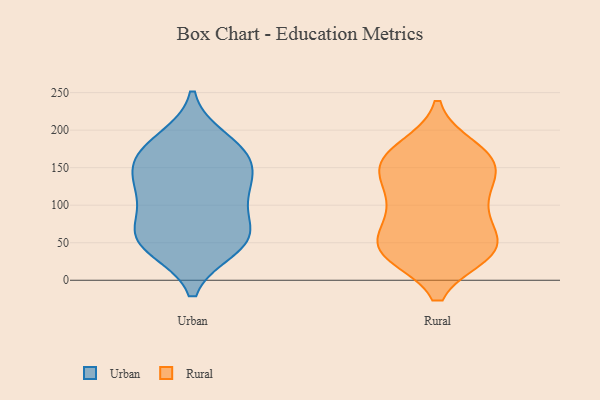
{"axis": {"x": "Humidity (%)", "y": "Value"}, "legend": ["Rural", "Urban"], "data": [{"x": "", "y": 139, "type": "Urban"}, {"x": "", "y": 165, "type": "Urban"}, {"x": "", "y": 107, "type": "Urban"}, {"x": "", "y": 186, "type": "Urban"}, {"x": "", "y": 165, "type": "Urban"}, {"x": "", "y": 52, "type": "Urban"}, {"x": "", "y": 44, "type": "Urban"}, {"x": "", "y": 62, "type": "Urban"}, {"x": "", "y": 169, "type": "Urban"}, {"x": "", "y": 62, "type": "Urban"}, {"x": "", "y": 54, "type": "Urban"}, {"x": "", "y": 113, "type": "Urban"}, {"x": "", "y": 126, "type": "Urban"}, {"x": "", "y": 81, "type": "Rural"}, {"x": "", "y": 157, "type": "Rural"}, {"x": "", "y": 36, "type": "Rural"}, {"x": "", "y": 36, "type": "Rural"}, {"x": "", "y": 46, "type": "Rural"}, {"x": "", "y": 159, "type": "Rural"}, {"x": "", "y": 89, "type": "Rural"}, {"x": "", "y": 105, "type": "Rural"}, {"x": "", "y": 37, "type": "Rural"}, {"x": "", "y": 39, "type": "Rural"}, {"x": "", "y": 48, "type": "Rural"}, {"x": "", "y": 100, "type": "Rural"}, {"x": "", "y": 175, "type": "Rural"}, {"x": "", "y": 140, "type": "Rural"}, {"x": "", "y": 144, "type": "Rural"}, {"x": "", "y": 176, "type": "Rural"}, {"x": "", "y": 160, "type": "Rural"}, {"x": "", "y": 132, "type": "Rural"}, {"x": "", "y": 44, "type": "Rural"}]}